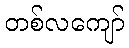
တစ်လကျော်